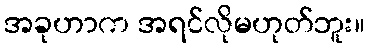
အခုဟာက အရင်လိုမဟုတ်ဘူး။